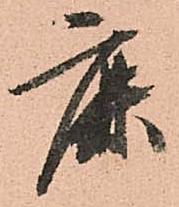
鹿